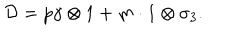
{ \cal D } = p \gamma \otimes 1 + m \cdot 1 \otimes \sigma _ { 3 } .